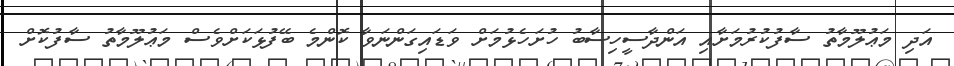
އަދި މަޢުލޫމާތު ސާފުކުރުމަށާއި އަންދާސީހިސާބު ހުށަހެޅުމަށް ވަޑައިގަންނަވާ ކޮންމެ ބޭފުޅަކަށްވެސް މަޢުލޫމާތު ސާފުކޮށް